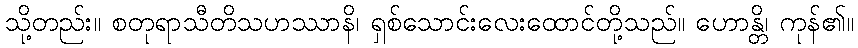
သို့တည်း။ စတုရာသီတိသဟဿာနိ၊ ရှစ်သောင်းလေးထောင်တို့သည်။ ဟောန္တိ၊ ကုန်၏။